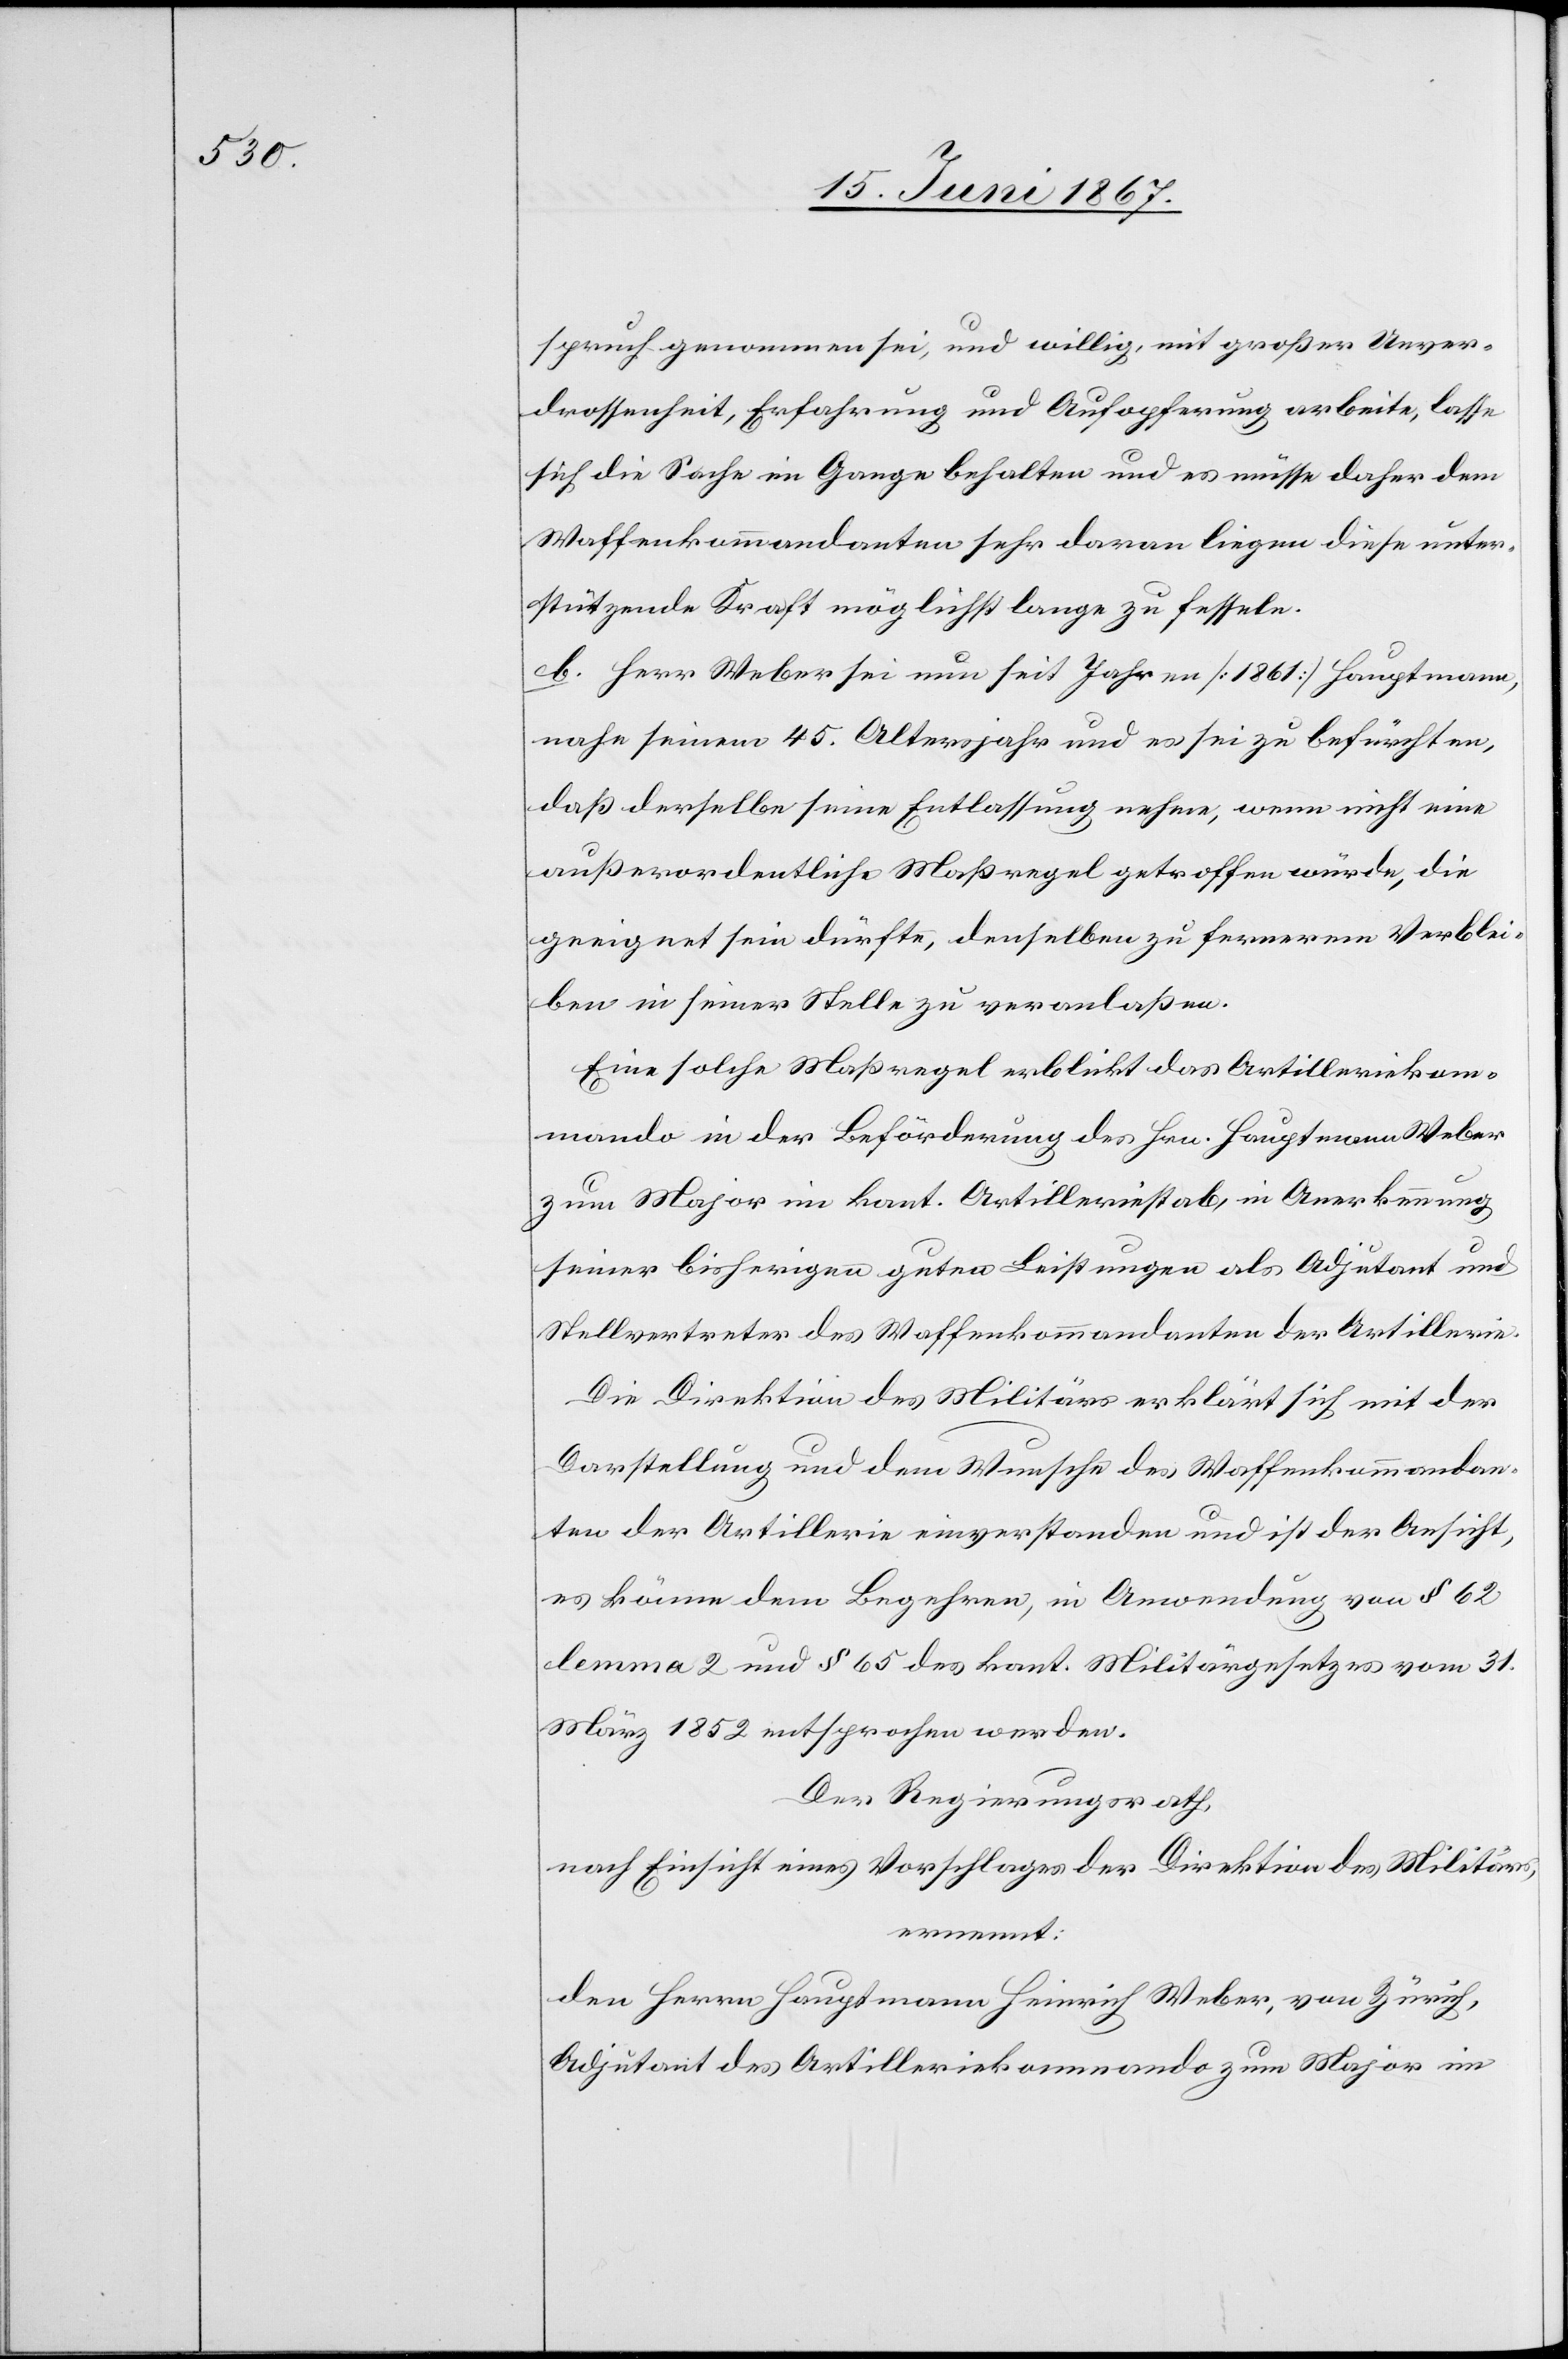
spruch genommen sei, und willig, mit großer Unver¬
drossenheit, Erfahrung und Aufopferung arbeite, lasse
sich die Sache im Ganzen behalten und es müsse daher dem
Waffenkommandanten sehr daran liegen diese unter¬
stützende Kraft möglichst lange zu fassen.
b. Herr Weber sei nun seit Jahren [1861] Hauptmann,
nahe seinem 45. Altersjahr und es sei zu befürchten,
daß derselbe seine Entlassung nehme, wenn nicht eine
außerordentliche Maßregel getroffen würde, die
geeignet sein dürfte, denselben zu fernerem Verblei¬
ben in seiner Stelle zu veranlaßen.
Eine solche Maßregel erblickt das Artilleriekom¬
mando in der Beförderung des Hrn. Hauptmann Weber
zum Major im kant. Artilleriestab, in Anerkennung
seiner bisherigen guten Leistungen als Adjutant und
Stellvertreter des Waffenkommandanten der Artillerie.
Die Direktion des Militärs erklärt sich mit der
Darstellung und dem Wunsche des Waffenkommandan¬
ten der Artillerie einverstanden und ist der Ansicht,
es könne dem Begehren, in Anwendung von § 62
lemma 2 und § 65 des kant. Militärgesetzes vom 31.
März 1852 entsprochen werden.
Der Regierungsrath,
nach Einsicht eines Vorschlages der Direktion des Militärs,
ernennt:
den Herrn Hauptmann Heinrich Weber, von Zürich,
Adjutant des Artilleriekommando zum Major im